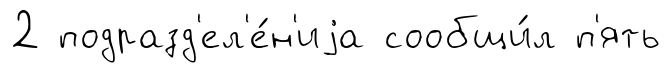
2 подразд'ел'е́н'иjа сообщи́л п'ять